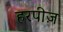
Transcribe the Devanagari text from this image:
हरपीज़